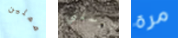
مملين ترسلني مرة